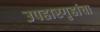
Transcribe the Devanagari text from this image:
उपहारगृहांचा